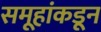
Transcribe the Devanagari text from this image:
समूहांकडून